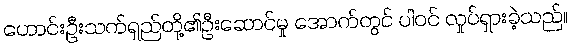
ဟောင်းဦးသက်ရှည်တို့၏ဦးဆောင်မှု အောက်တွင် ပါဝင် လှုပ်ရှားခဲ့သည်။